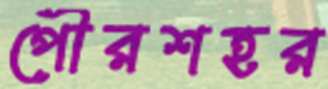
পৌরশহর